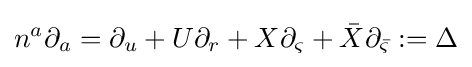
n^{a}\partial _{a}=\partial _{u}+U\partial _{r}+X\partial _{\varsigma }+{\bar {X}}\partial _{\bar {\varsigma }}:=\Delta